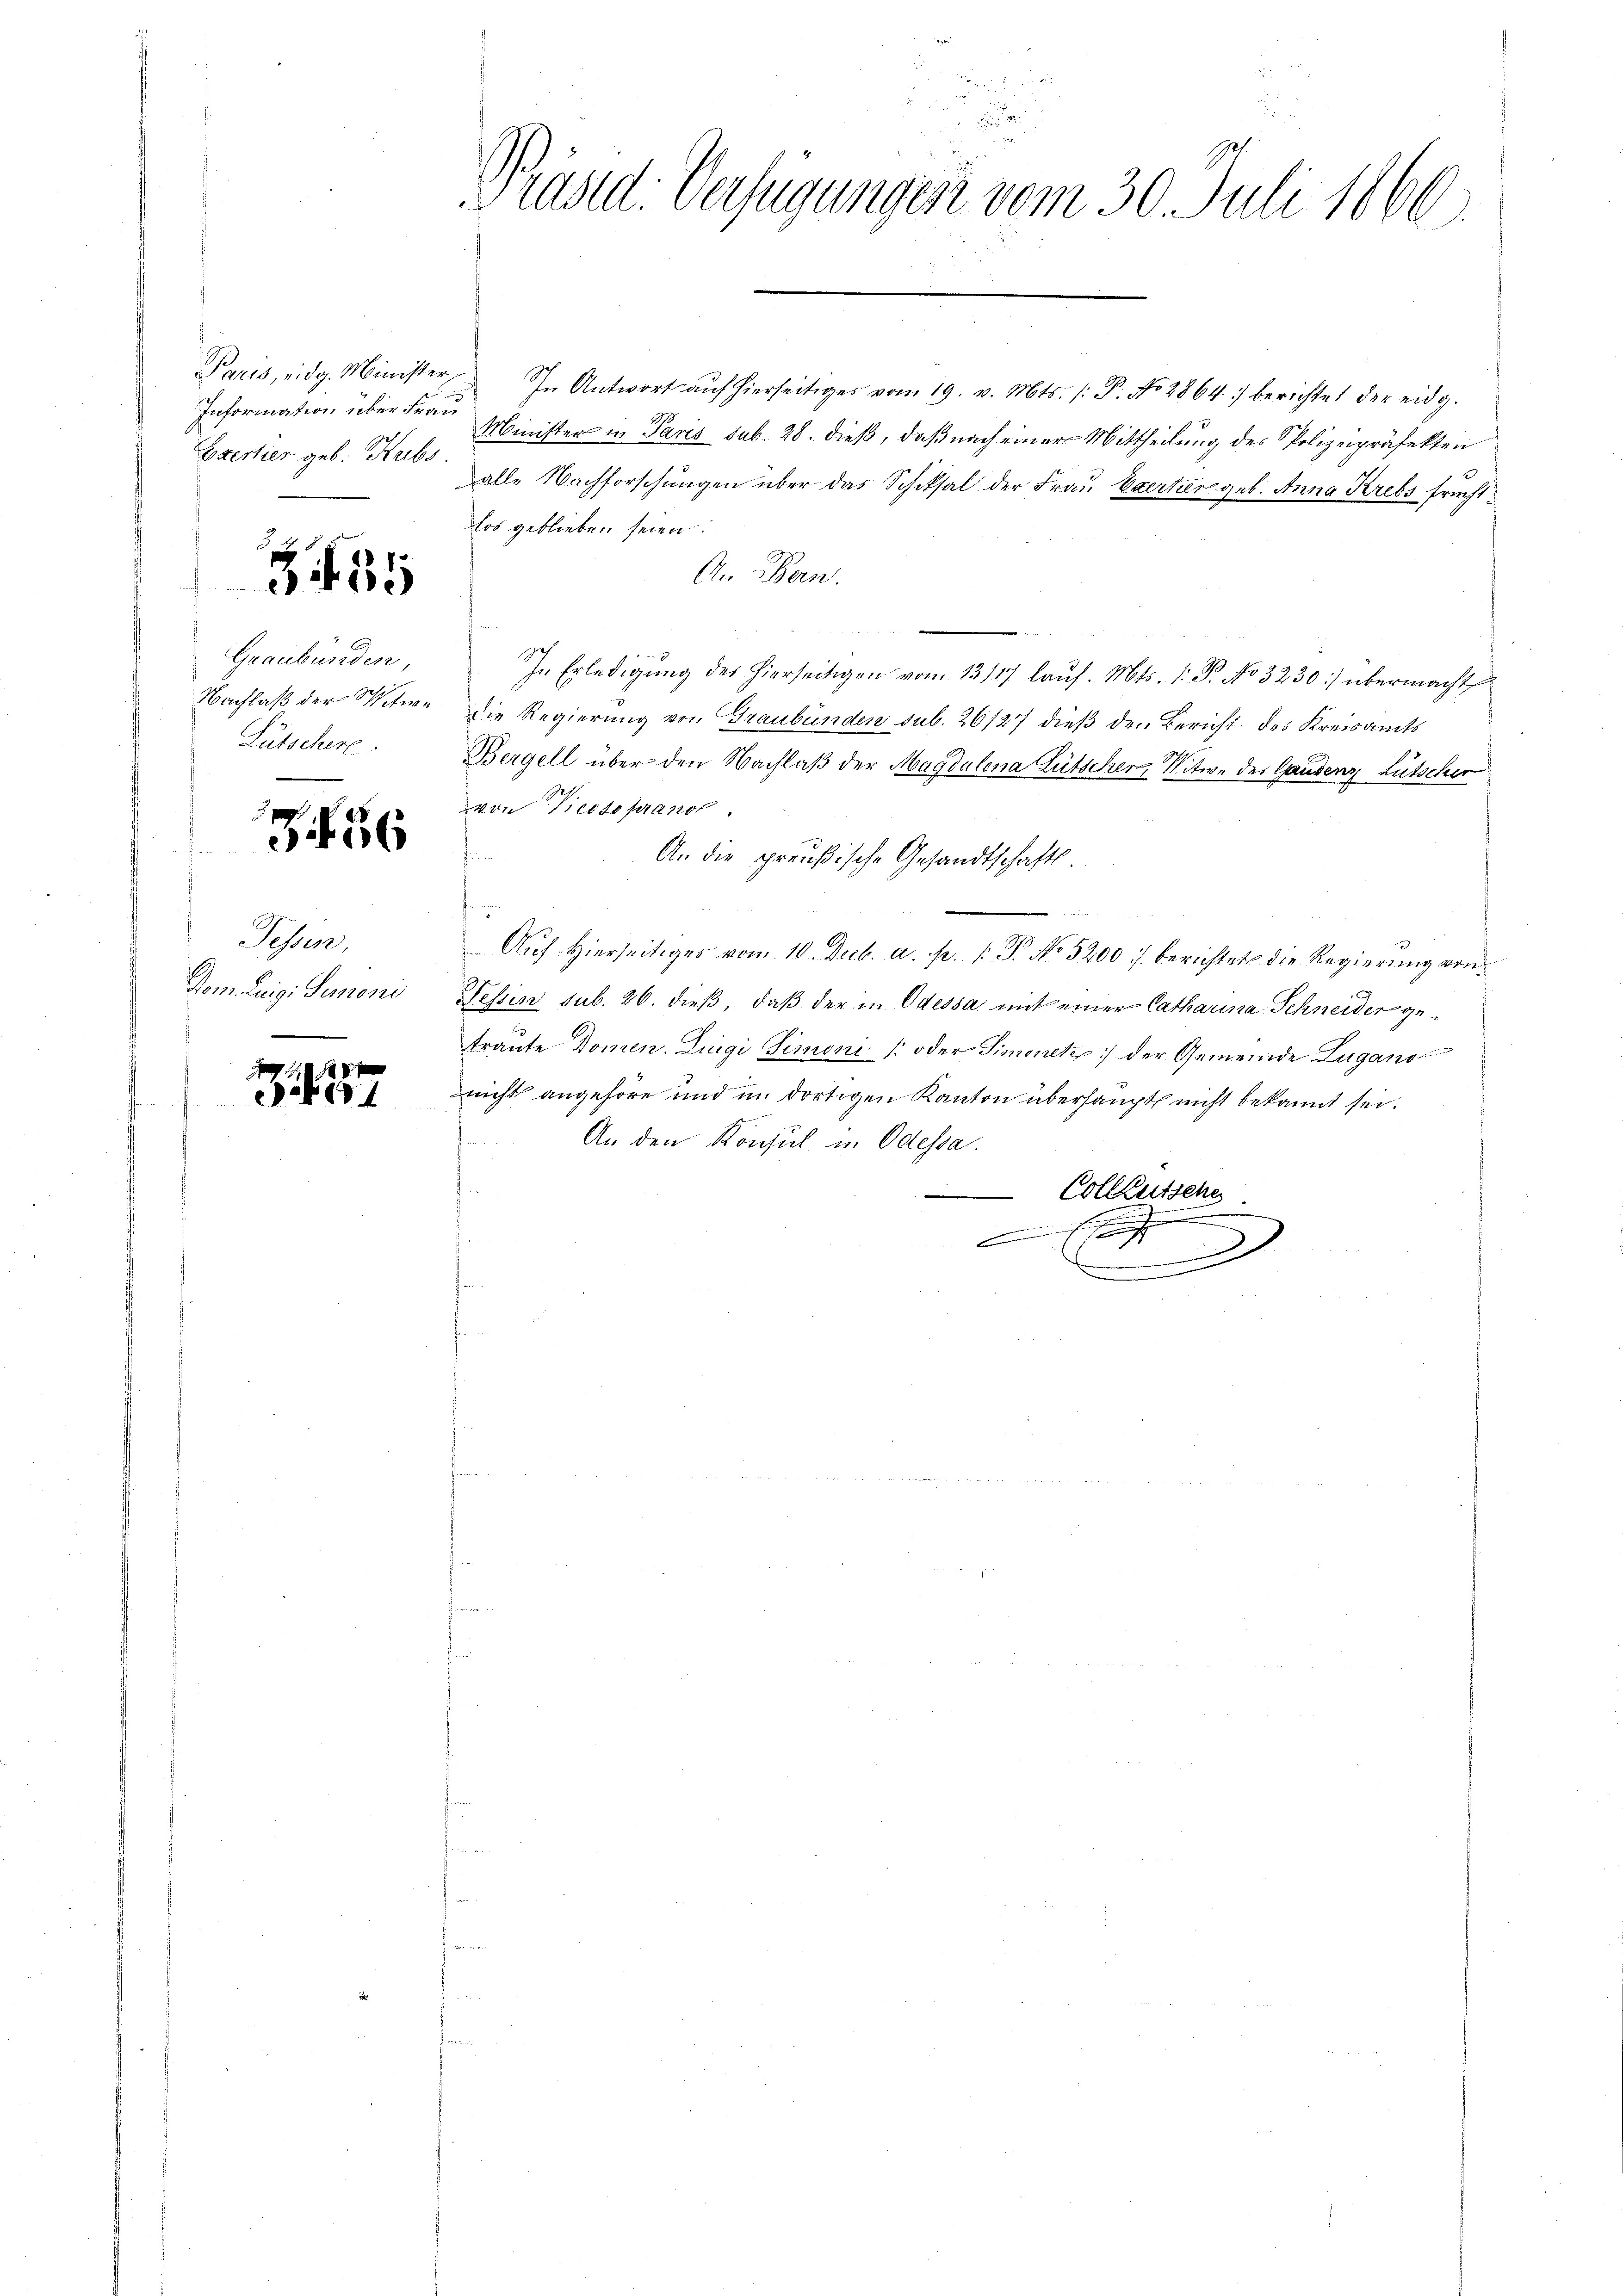
Information über Frau
Caertier geb. Hubs

435

Graubünden,
Lütschere

56

Tessin,
Vom Luigi Sunoni

7

u
2
Trasad: Verfügungen vom 30. Juli 1866.

Paris, eidg. Minister, In Antwort aŭf hierseitiges vom 19. v. Mts. /: P. No 2864) berichtet der eidg.
Minister in Paris sub. 28. dieß, daß nach einer Mittheilung des Polizeipräfekten
alle Nachforschungen über das Schiksal der Frau Exertier geb. Anna Krebs frucht
dos geblieben seien.
An Bern.
e
In Erledigung des hierseitigen vom 13117 laŭf. Mts. 1. P. No 3230:) übermacht
Nachlaß der Witwe die Regierung von Graubünden sub. 26127 dieß den Bericht des Kreisamts
Bergell über den Nachlaß der Magdalena Lütscher, Witwe des Gandenz Lutscher
von Riedtopranot.
.
An die preußische Gesandtschaft.
Auf Hierseitiges vom 10. Decb. a. p. 1 P. No 5200 :/ berichtet die Regierung von¬
Tessin sub. 26. dieß, daß der in Odessa mit einer Catharina Schneider getraute Domen. Luigi Simoni (oder Simonetz der Gemeinde Zugano
nicht angehöre und im dortigen Kanton überhaupt nicht bekannt sei.
An den Konsul in Odessa.
.
Colleutsche
 xx
.